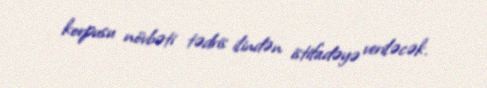
korpusu növbəti tədris ilindən istifadəyə veriləcək.